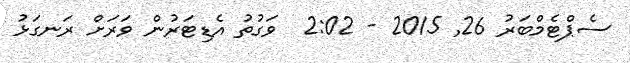
ސެޕްޓެމްބަރު 26